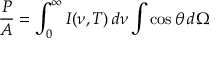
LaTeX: { \frac { P } { A } } = \int _ { 0 } ^ { \infty } I ( \nu , T ) \, d \nu \int \cos \theta \, d \Omega